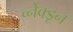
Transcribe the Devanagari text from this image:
र्च्नेक्डून